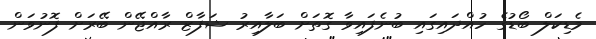
މެޑިކަލް ބޯޑުގެ ހުއްދައިގައި ބުނެފައިވާ ގޮތަށް ބަލާއިރު ޝަފާޒް ރާއްޖޭން ބޭރަށް ފޮނުވަން